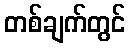
တစ်ချက်တွင်